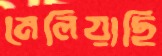
মেলিয়াছি